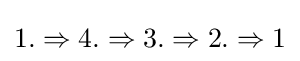
1.\Rightarrow 4.\Rightarrow 3.\Rightarrow 2.\Rightarrow 1